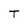
Character: T